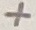
Text: +